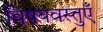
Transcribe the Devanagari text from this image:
विषयवस्तुएँ